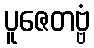
ပူဇေတဗ္ဗံ